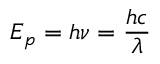
E _ { p } = h \nu = { \frac { h c } { \lambda } }